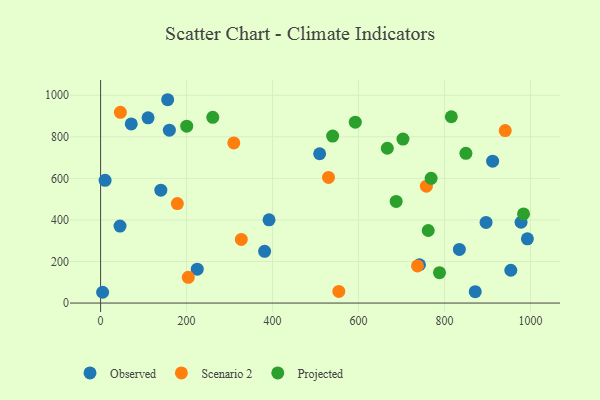
{"axis": {"x": "Study Hours", "y": "Sales"}, "legend": ["Observed", "Projected", "Scenario 2"], "data": [{"x": "156.0", "y": 978.5, "type": "Observed"}, {"x": "871.4", "y": 55.0, "type": "Observed"}, {"x": "4.7", "y": 51.9, "type": "Observed"}, {"x": "954.2", "y": 157.8, "type": "Observed"}, {"x": "834.5", "y": 257.9, "type": "Observed"}, {"x": "509.5", "y": 718.4, "type": "Observed"}, {"x": "896.6", "y": 387.9, "type": "Observed"}, {"x": "10.4", "y": 590.8, "type": "Observed"}, {"x": "159.9", "y": 832.2, "type": "Observed"}, {"x": "71.3", "y": 862.0, "type": "Observed"}, {"x": "224.8", "y": 162.9, "type": "Observed"}, {"x": "741.7", "y": 184.4, "type": "Observed"}, {"x": "978.0", "y": 388.9, "type": "Observed"}, {"x": "45.1", "y": 370.3, "type": "Observed"}, {"x": "992.7", "y": 309.3, "type": "Observed"}, {"x": "391.8", "y": 400.7, "type": "Observed"}, {"x": "110.4", "y": 891.2, "type": "Observed"}, {"x": "140.1", "y": 543.1, "type": "Observed"}, {"x": "911.9", "y": 683.0, "type": "Observed"}, {"x": "381.5", "y": 249.2, "type": "Observed"}, {"x": "178.5", "y": 478.7, "type": "Scenario 2"}, {"x": "327.3", "y": 306.3, "type": "Scenario 2"}, {"x": "737.1", "y": 178.7, "type": "Scenario 2"}, {"x": "554.1", "y": 55.9, "type": "Scenario 2"}, {"x": "757.8", "y": 562.5, "type": "Scenario 2"}, {"x": "941.2", "y": 829.9, "type": "Scenario 2"}, {"x": "309.8", "y": 770.5, "type": "Scenario 2"}, {"x": "530.1", "y": 604.8, "type": "Scenario 2"}, {"x": "203.9", "y": 123.8, "type": "Scenario 2"}, {"x": "46.0", "y": 917.7, "type": "Scenario 2"}, {"x": "788.3", "y": 146.0, "type": "Projected"}, {"x": "983.8", "y": 428.9, "type": "Projected"}, {"x": "260.9", "y": 893.7, "type": "Projected"}, {"x": "539.7", "y": 803.8, "type": "Projected"}, {"x": "592.4", "y": 870.4, "type": "Projected"}, {"x": "815.8", "y": 896.5, "type": "Projected"}, {"x": "666.9", "y": 745.1, "type": "Projected"}, {"x": "849.7", "y": 720.4, "type": "Projected"}, {"x": "687.5", "y": 489.3, "type": "Projected"}, {"x": "703.3", "y": 789.0, "type": "Projected"}, {"x": "200.3", "y": 851.3, "type": "Projected"}, {"x": "762.1", "y": 349.2, "type": "Projected"}, {"x": "768.8", "y": 600.2, "type": "Projected"}]}